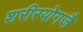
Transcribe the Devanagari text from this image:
शरीरयोगजै